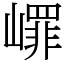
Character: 嶵